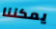
يمكننا